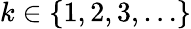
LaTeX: k\in\{ 1,2,3,\dots\}